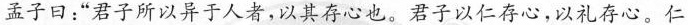
孟子曰：”君子所以异于人者，以其存心也。君子以仁存心，以礼存心。仁